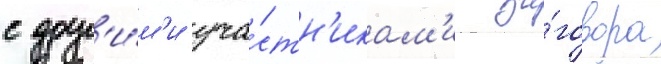
с друг'и́м'и уча́стн'икам'и за́говора